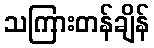
သကြားတန်ချိန်